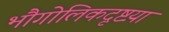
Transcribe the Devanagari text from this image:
भौगोलिकदृष्टय़ा